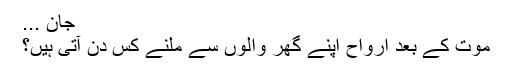
جان ...
موت کے بعد ارواح اپنے گھر والوں سے ملنے کس دن آتی ہیں؟